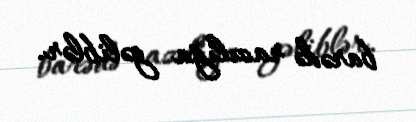
barədə razılığa gəliblər.